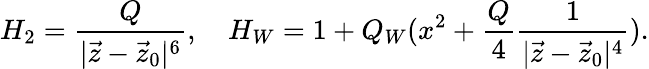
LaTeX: H_{2}={\frac{Q}{|\vec{z}-\vec{z}_{0}|^{6}}},\ \ \ \ H_{W}=1+Q_{W}(x^{2}+{\frac{Q}{4}}{\frac{1}{|\vec{z}-\vec{z}_{0}|^{4}}}).